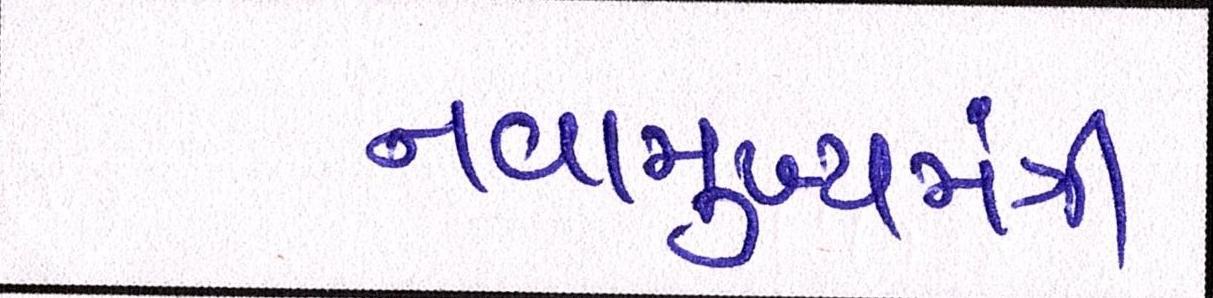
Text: નવામુખ્યમંત્રી